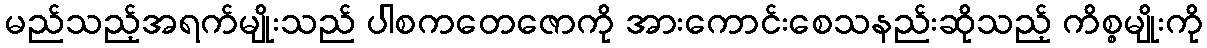
မည်သည့်အရက်မျိုးသည် ပါစကတေဇောကို အားကောင်းစေသနည်းဆိုသည့် ကိစ္စမျိုးကို